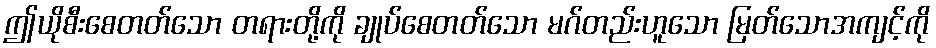
ဤယိုစီးစေတတ်သော တရားတို့ကို ချုပ်စေတတ်သော မဂ်တည်းဟူသော မြတ်သောအကျင့်ကို